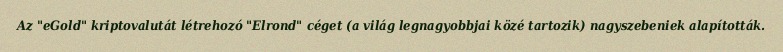
Az "eGold" kriptovalutát létrehozó "Elrond" céget (a világ legnagyobbjai közé tartozik) nagyszebeniek alapították.